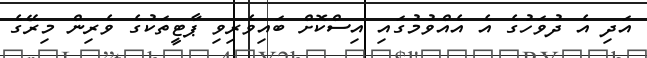
އަދި އެ ދުވަހުގެ އެ އެއްވުމުގައި އިސްކޮށް ބައިވެރިވި ޕާޓީތަކުގެ ވެރިން މިރޭގެ